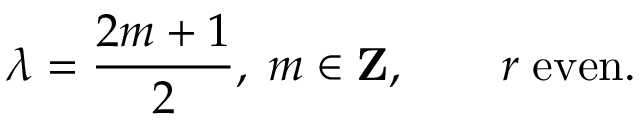
\lambda = { \frac { 2 m + 1 } { 2 } } , \; m \in { \bf Z } , \qquad r \; \mathrm { e v e n } .